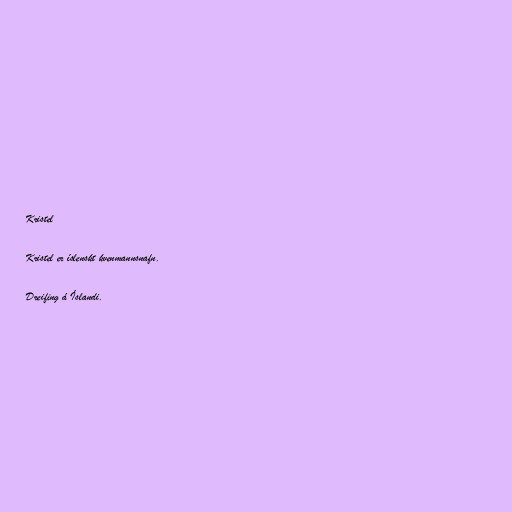
Kristel

Kristel er íslenskt kvenmannsnafn.

Dreifing á Íslandi.